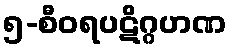
၅-စီဝရပဋိဂ္ဂဟဏ